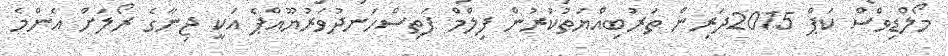
މޯލްޑިވްސް ކަޕް 2015ދަރިން ތަރުބިއްޔަތުކުރުން ފިލްމް ފަތިސްހަނދުވަރުޔޫއްޕެ އަކީ ޖިނާގެ ރޯލަށް އެންމެ